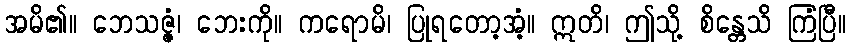
အမိ၏။ ဘေသဇ္ဇံ၊ ဘေးကို။ ကရောမိ၊ ပြုရတော့အံ့။ ဣတိ၊ ဤသို့ စိန္တေသိ ကြံပြီ။